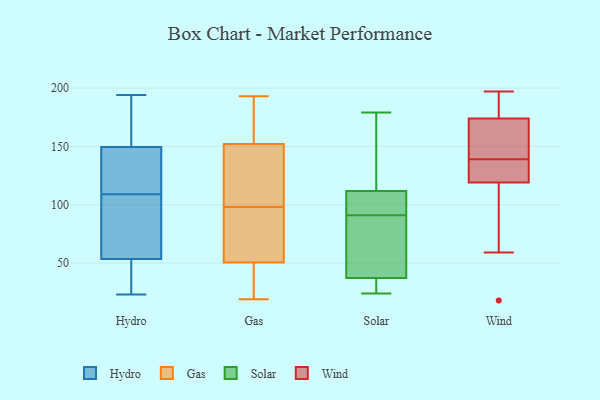
{"axis": {"x": "Production Output", "y": "Value"}, "legend": ["Gas", "Hydro", "Solar", "Wind"], "data": [{"x": "", "y": 27, "type": "Hydro"}, {"x": "", "y": 128, "type": "Hydro"}, {"x": "", "y": 109, "type": "Hydro"}, {"x": "", "y": 52, "type": "Hydro"}, {"x": "", "y": 188, "type": "Hydro"}, {"x": "", "y": 109, "type": "Hydro"}, {"x": "", "y": 23, "type": "Hydro"}, {"x": "", "y": 117, "type": "Hydro"}, {"x": "", "y": 194, "type": "Hydro"}, {"x": "", "y": 164, "type": "Hydro"}, {"x": "", "y": 55, "type": "Hydro"}, {"x": "", "y": 45, "type": "Hydro"}, {"x": "", "y": 65, "type": "Hydro"}, {"x": "", "y": 157, "type": "Hydro"}, {"x": "", "y": 142, "type": "Hydro"}, {"x": "", "y": 61, "type": "Hydro"}, {"x": "", "y": 193, "type": "Gas"}, {"x": "", "y": 158, "type": "Gas"}, {"x": "", "y": 33, "type": "Gas"}, {"x": "", "y": 164, "type": "Gas"}, {"x": "", "y": 66, "type": "Gas"}, {"x": "", "y": 30, "type": "Gas"}, {"x": "", "y": 58, "type": "Gas"}, {"x": "", "y": 19, "type": "Gas"}, {"x": "", "y": 131, "type": "Gas"}, {"x": "", "y": 106, "type": "Gas"}, {"x": "", "y": 185, "type": "Gas"}, {"x": "", "y": 146, "type": "Gas"}, {"x": "", "y": 44, "type": "Gas"}, {"x": "", "y": 136, "type": "Gas"}, {"x": "", "y": 90, "type": "Gas"}, {"x": "", "y": 57, "type": "Gas"}, {"x": "", "y": 34, "type": "Solar"}, {"x": "", "y": 94, "type": "Solar"}, {"x": "", "y": 47, "type": "Solar"}, {"x": "", "y": 24, "type": "Solar"}, {"x": "", "y": 108, "type": "Solar"}, {"x": "", "y": 113, "type": "Solar"}, {"x": "", "y": 118, "type": "Solar"}, {"x": "", "y": 33, "type": "Solar"}, {"x": "", "y": 55, "type": "Solar"}, {"x": "", "y": 179, "type": "Solar"}, {"x": "", "y": 91, "type": "Solar"}, {"x": "", "y": 197, "type": "Wind"}, {"x": "", "y": 164, "type": "Wind"}, {"x": "", "y": 174, "type": "Wind"}, {"x": "", "y": 119, "type": "Wind"}, {"x": "", "y": 135, "type": "Wind"}, {"x": "", "y": 129, "type": "Wind"}, {"x": "", "y": 187, "type": "Wind"}, {"x": "", "y": 59, "type": "Wind"}, {"x": "", "y": 143, "type": "Wind"}, {"x": "", "y": 18, "type": "Wind"}]}